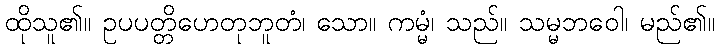
ထိုသူ၏။ ဥပပတ္တိဟေတုဘူတံ၊ သော။ ကမ္မံ၊ သည်။ သမ္မဘဝေါ၊ မည်၏။